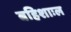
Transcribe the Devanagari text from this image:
बहिशाःल